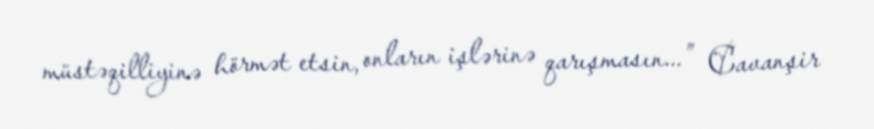
müstəqilliyinə hörmət etsin, onların işlərinə qarışmasın...” Cavanşir